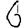
Digit: 6